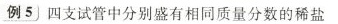
例5四支试管中分别盛有相同质量分数的稀盐